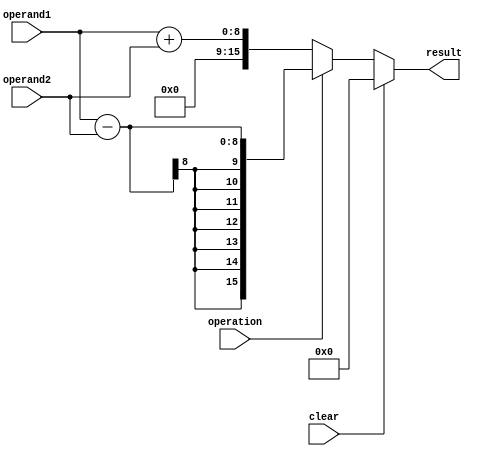
module accumulator (
    input wire clear,
    input wire operation, // 0 for addition, 1 for subtraction
    input wire [7:0] operand1,
    input wire [7:0] operand2,
    output reg [15:0] result
);

always @(*) begin
    if (clear) begin
        result <= 16'h0000; // Clear accumulator
    end else begin
        if (operation == 0) begin
            result <= operand1 + operand2; // Addition operation
        end else begin
            result <= operand1 - operand2; // Subtraction operation
        end
    end
end

endmodule